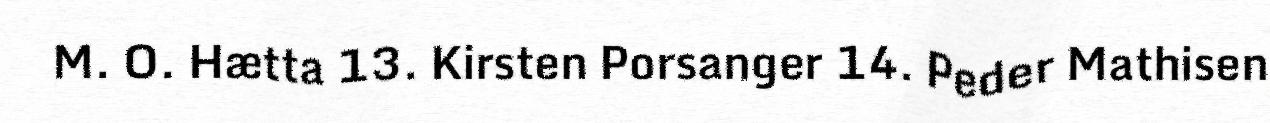
M. O. Hætta 13. Kirsten Porsanger 14. Peder Mathisen